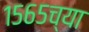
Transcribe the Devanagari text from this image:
१५६५च्या